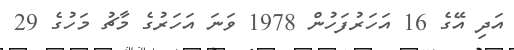
އަދި އޭގެ 16 އަހަރުފަހުން 1978 ވަނަ އަހަރުގެ މާޗު މަހުގެ 29